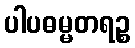
ပါပဓမ္မတရဉ္စ